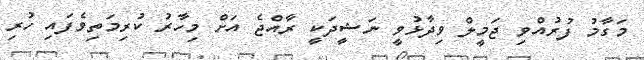
މަގާމު ފުރުއްވި ޖަމީލް ވިދާޅުވީ ނަޝީދަކީ ރާއްޖެ އަށް މިހާރު ކުރިމަތިވެފައި ހުރި